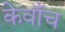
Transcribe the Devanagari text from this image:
केवाँच